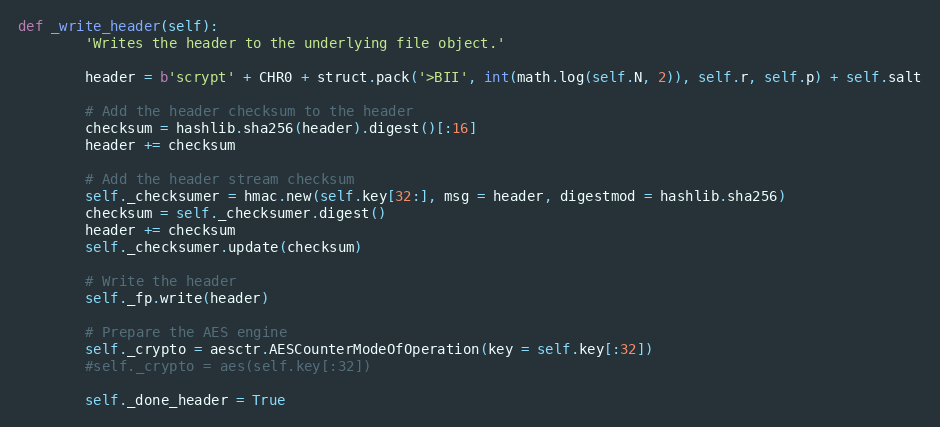
Language: Python
def _write_header(self):
        'Writes the header to the underlying file object.'

        header = b'scrypt' + CHR0 + struct.pack('>BII', int(math.log(self.N, 2)), self.r, self.p) + self.salt

        # Add the header checksum to the header
        checksum = hashlib.sha256(header).digest()[:16]
        header += checksum

        # Add the header stream checksum
        self._checksumer = hmac.new(self.key[32:], msg = header, digestmod = hashlib.sha256)
        checksum = self._checksumer.digest()
        header += checksum
        self._checksumer.update(checksum)

        # Write the header
        self._fp.write(header)

        # Prepare the AES engine
        self._crypto = aesctr.AESCounterModeOfOperation(key = self.key[:32])
        #self._crypto = aes(self.key[:32])

        self._done_header = True